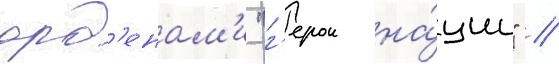
орд'енам'и "г'ерои на́ции" //